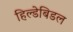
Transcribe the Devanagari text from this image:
हिल्डेबिडल